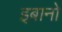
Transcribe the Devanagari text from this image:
इब्रानो